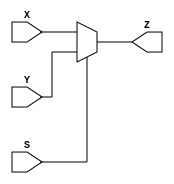
`timescale 1ns / 1ps
`default_nettype none //helps catch typo-related bugs
//////////////////////////////////////////////////////////////////////////////////
// 
// CS 141 - Fall 2015
// Module Name:    param_2_to_1_mux 
// Author(s): Thomas Esch
// Description: 2:1 mux with variable input size
//
//
//////////////////////////////////////////////////////////////////////////////////
module param_2_to_1_mux(X,Y,S,Z);

	//parameter definitions
	parameter N = 8 ; //default of 8 bit bus
	
	

	//port definitions - customize for different bit widths
	input wire [(N-1) : 0 ] X, Y;	// creates bus of appropriate width for inputs
	
	input wire S;	// select input
	
	output wire [(N-1) : 0 ] Z;    // creates bus of appropriate width for inputs
	
	//Implementation
	assign Z = S ? Y : X;

endmodule
`default_nettype wire //some Xilinx IP requires that the default_nettype be set to wire